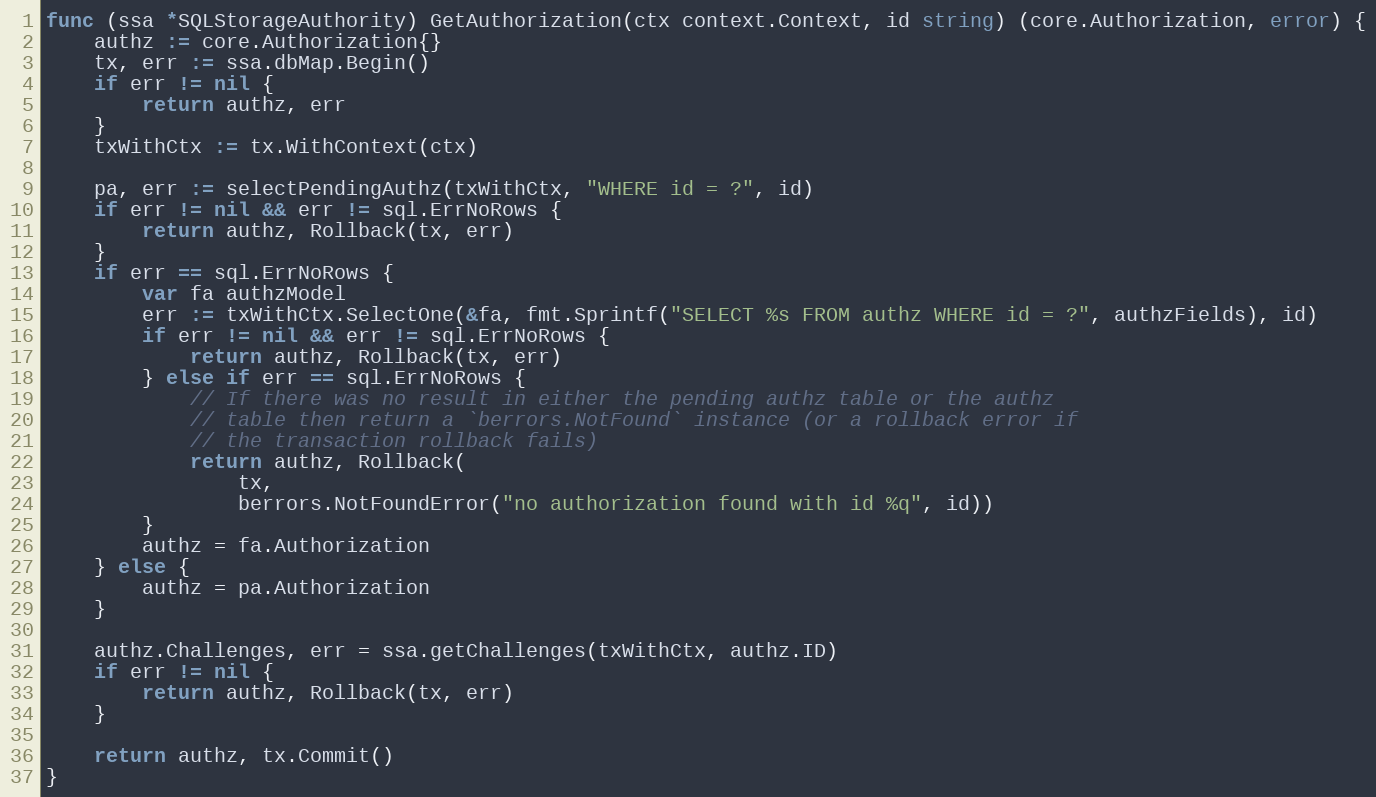
Language: Go
func (ssa *SQLStorageAuthority) GetAuthorization(ctx context.Context, id string) (core.Authorization, error) {
	authz := core.Authorization{}
	tx, err := ssa.dbMap.Begin()
	if err != nil {
		return authz, err
	}
	txWithCtx := tx.WithContext(ctx)

	pa, err := selectPendingAuthz(txWithCtx, "WHERE id = ?", id)
	if err != nil && err != sql.ErrNoRows {
		return authz, Rollback(tx, err)
	}
	if err == sql.ErrNoRows {
		var fa authzModel
		err := txWithCtx.SelectOne(&fa, fmt.Sprintf("SELECT %s FROM authz WHERE id = ?", authzFields), id)
		if err != nil && err != sql.ErrNoRows {
			return authz, Rollback(tx, err)
		} else if err == sql.ErrNoRows {
			// If there was no result in either the pending authz table or the authz
			// table then return a `berrors.NotFound` instance (or a rollback error if
			// the transaction rollback fails)
			return authz, Rollback(
				tx,
				berrors.NotFoundError("no authorization found with id %q", id))
		}
		authz = fa.Authorization
	} else {
		authz = pa.Authorization
	}

	authz.Challenges, err = ssa.getChallenges(txWithCtx, authz.ID)
	if err != nil {
		return authz, Rollback(tx, err)
	}

	return authz, tx.Commit()
}